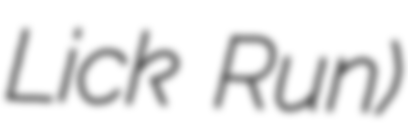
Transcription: Lick Run)